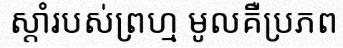
ស្តាំរបស់ព្រហ្ម មូលគឺប្រភព